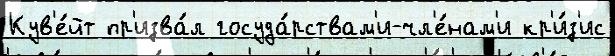
Кув'е́йт пр'изва́л госуда́рствам'и-чл'е́нам'и кр'и́з'ис